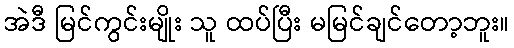
အဲဒီ မြင်ကွင်းမျိုး သူ ထပ်ပြီး မမြင်ချင်တော့ဘူး။